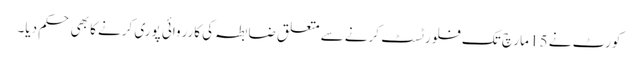
کورٹ نے 15 مارچ تک فلور ٹسٹ کرنے سے متعلق ضابطہ کی کارروائی پوری کرنے کا بھی حکم دیا۔